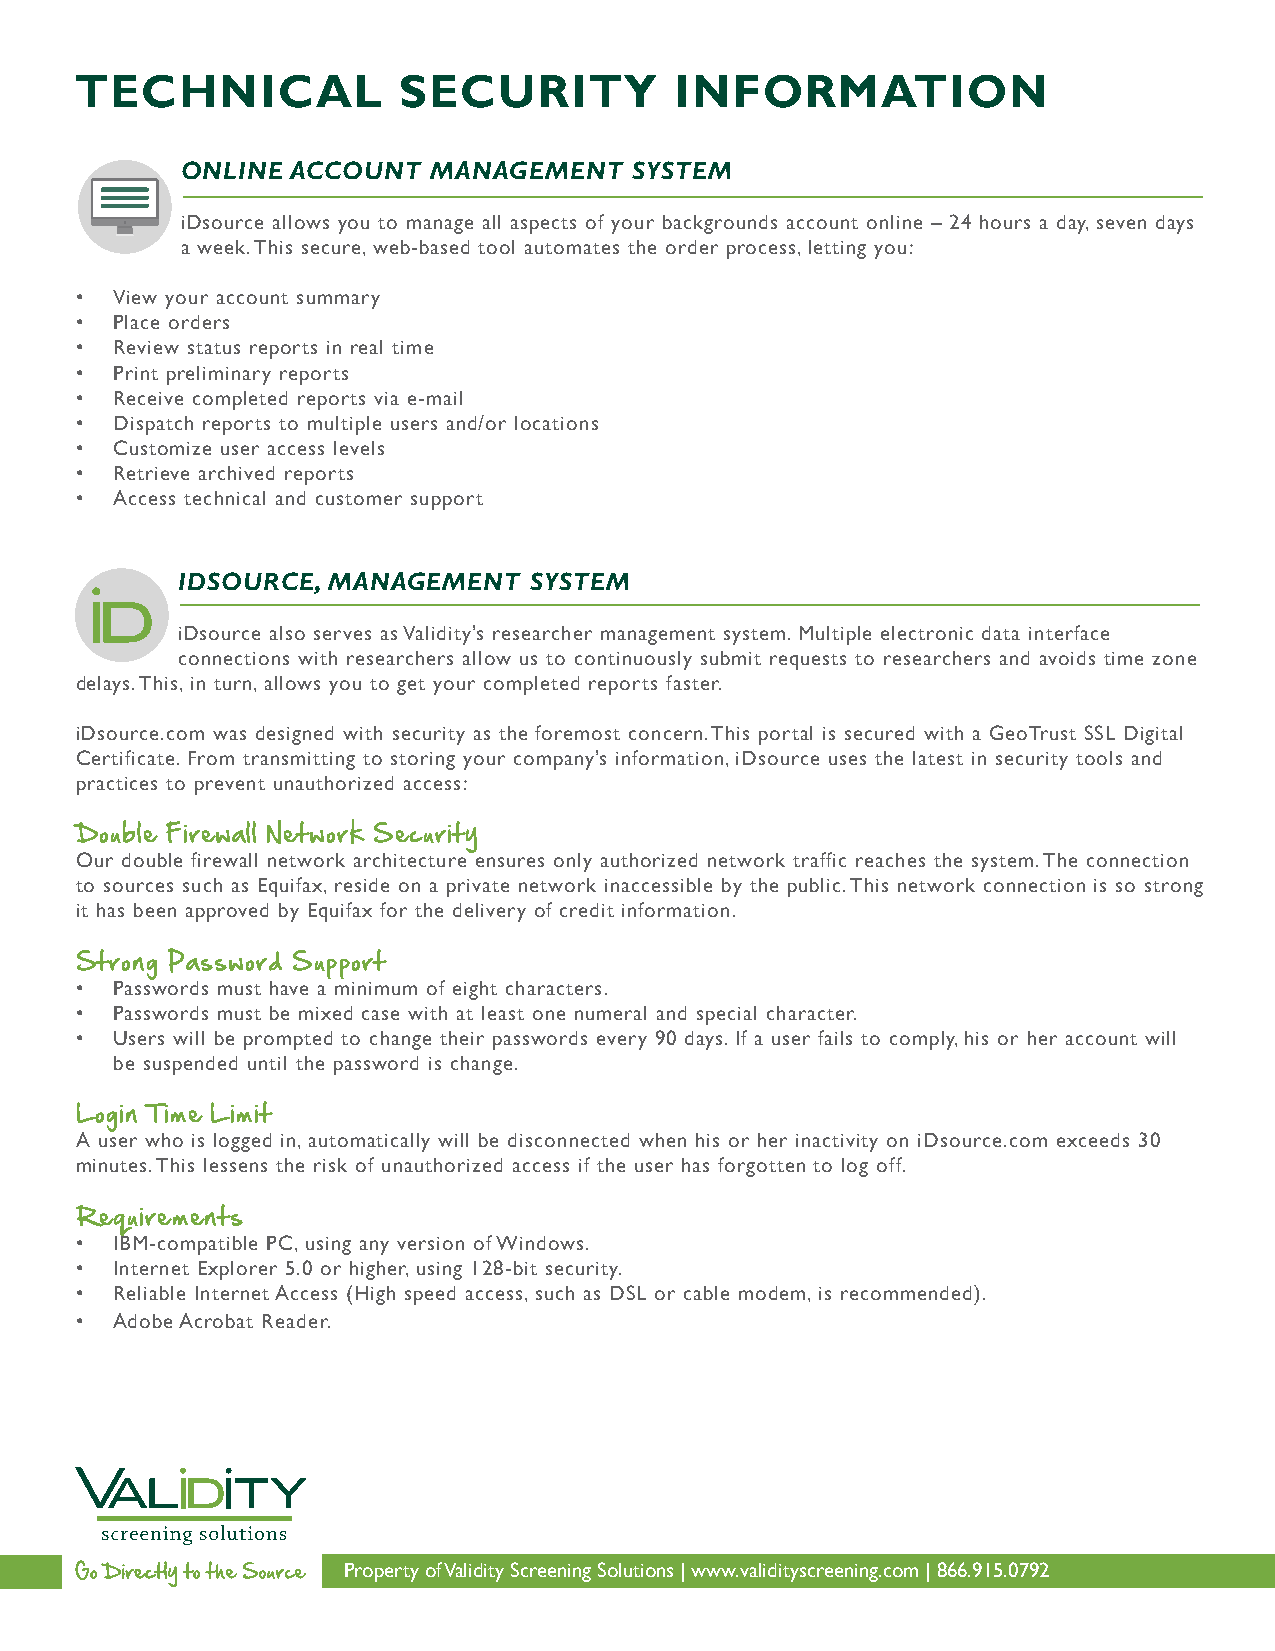
TECHNICAL            SECURITY           INFORMATION
 ONLINE ACCOUNT   MANAGEMENT   SYSTEM
 iDsource allows you to manage all aspects of your backgrounds account online – 24 hours a day, seven days
 a week. This secure, web-based tool automates the order process, letting you:
 • View your account summary
 • Place orders
 • Review status reports in real time
 • Print preliminary reports
 • Receive completed reports via e-mail
 • Dispatch reports to multiple users and/or locations
 • Customize user access levels
 • Retrieve archived reports
 • Access technical and customer support
 IDSOURCE, MANAGEMENT   SYSTEM
 iDsource also serves as Validity’s researcher management system. Multiple electronic data interface
 connections with researchers allow us to continuously submit requests to researchers and avoids time zone
 delays. This, in turn, allows you to get your completed reports faster.
 iDsource.com was designed with security as the foremost concern. This portal is secured with a GeoTrust SSL Digital
 Certificate. From transmitting to storing your company’s information, iDsource uses the latest in security tools and
 practices to prevent unauthorized access:
 Double Firewall Network Security
 Our double firewall network architecture ensures only authorized network traffic reaches the system. The connection
 to sources such as Equifax, reside on a private network inaccessible by the public. This network connection is so strong
 it has been approved by Equifax for the delivery of credit information.
 Strong Password Support
 • Passwords must have a minimum of eight characters.
 • Passwords must be mixed case with at least one numeral and special character.
 • Users will be prompted to change their passwords every 90 days. If a user fails to comply, his or her account will
 be suspended until the password is change.
 Login Time Limit
 A user who is logged in, automatically will be disconnected when his or her inactivity on iDsource.com exceeds 30
 minutes. This lessens the risk of unauthorized access if the user has forgotten to log off.
 Requirements
 • IBM-compatible PC, using any version of Windows.
 • Internet Explorer 5.0 or higher, using 128-bit security.
 • Reliable Internet Access (High speed access, such as DSL or cable modem, is recommended).
 • Adobe Acrobat Reader.
 Property of Validity Screening Solutions | www.validityscreening.com | 866.915.0792